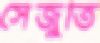
সেঁজুতি